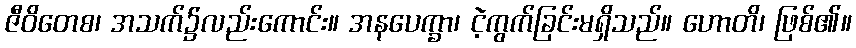
ဇီဝိတေစ၊ အသက်၌လည်းကောင်း။ အနပေက္ခာ၊ ငဲ့ကွက်ခြင်းမရှိသည်။ ဟောတိ၊ ဖြစ်၏။